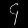
Digit: ၄